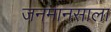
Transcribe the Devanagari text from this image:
जनमानसाला